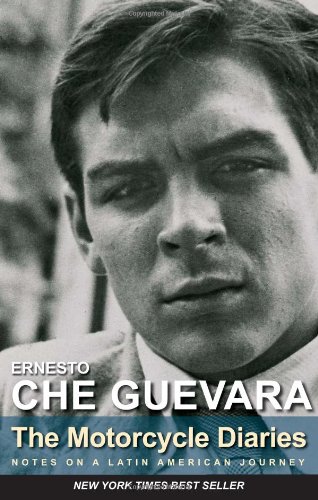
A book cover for The Motorcycle Diaries: Notes on a Latin American Journey; Ernesto Che Guevara; Biographies & Memoirs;